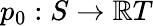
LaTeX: p_{0}:S\rightarrow\mathbb{R}T